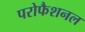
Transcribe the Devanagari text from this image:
परोफैशनल